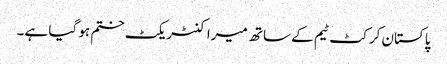
پاکستان کرکٹ ٹیم کے ساتھ میرا کنٹریکٹ ختم ہو گیا ہے۔